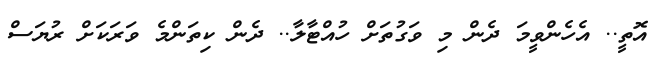
އޮތީ.. އެހެންވީމަ ދެން މި ވަގުތަށް ހުއްޓާލާ.. ދެން ކިތަންމެ ވަރަކަށް ރުޔަސް